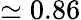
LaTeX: \simeq 0.86